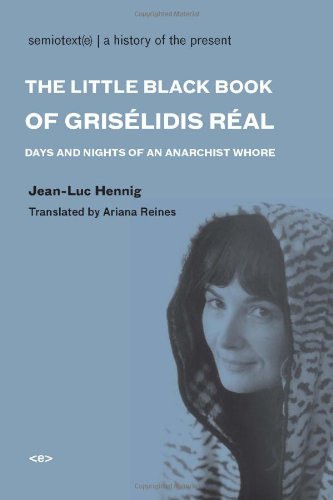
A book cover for The Little Black Book of GrisÃ©lidis RÃ©al: Days and Nights of an Anarchist Whore (Semiotext(e) / Native Agents); Jean-Luc Hennig; Gay & Lesbian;